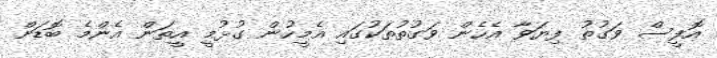
އޮފީސް ވަގުތު ފިޔަވާ އެހެން ވަގުތުތަކުގައި އެމީހުން ގުޅުމީ އީތަން އެންމެ ބޮޑަށް